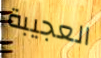
العجيبة